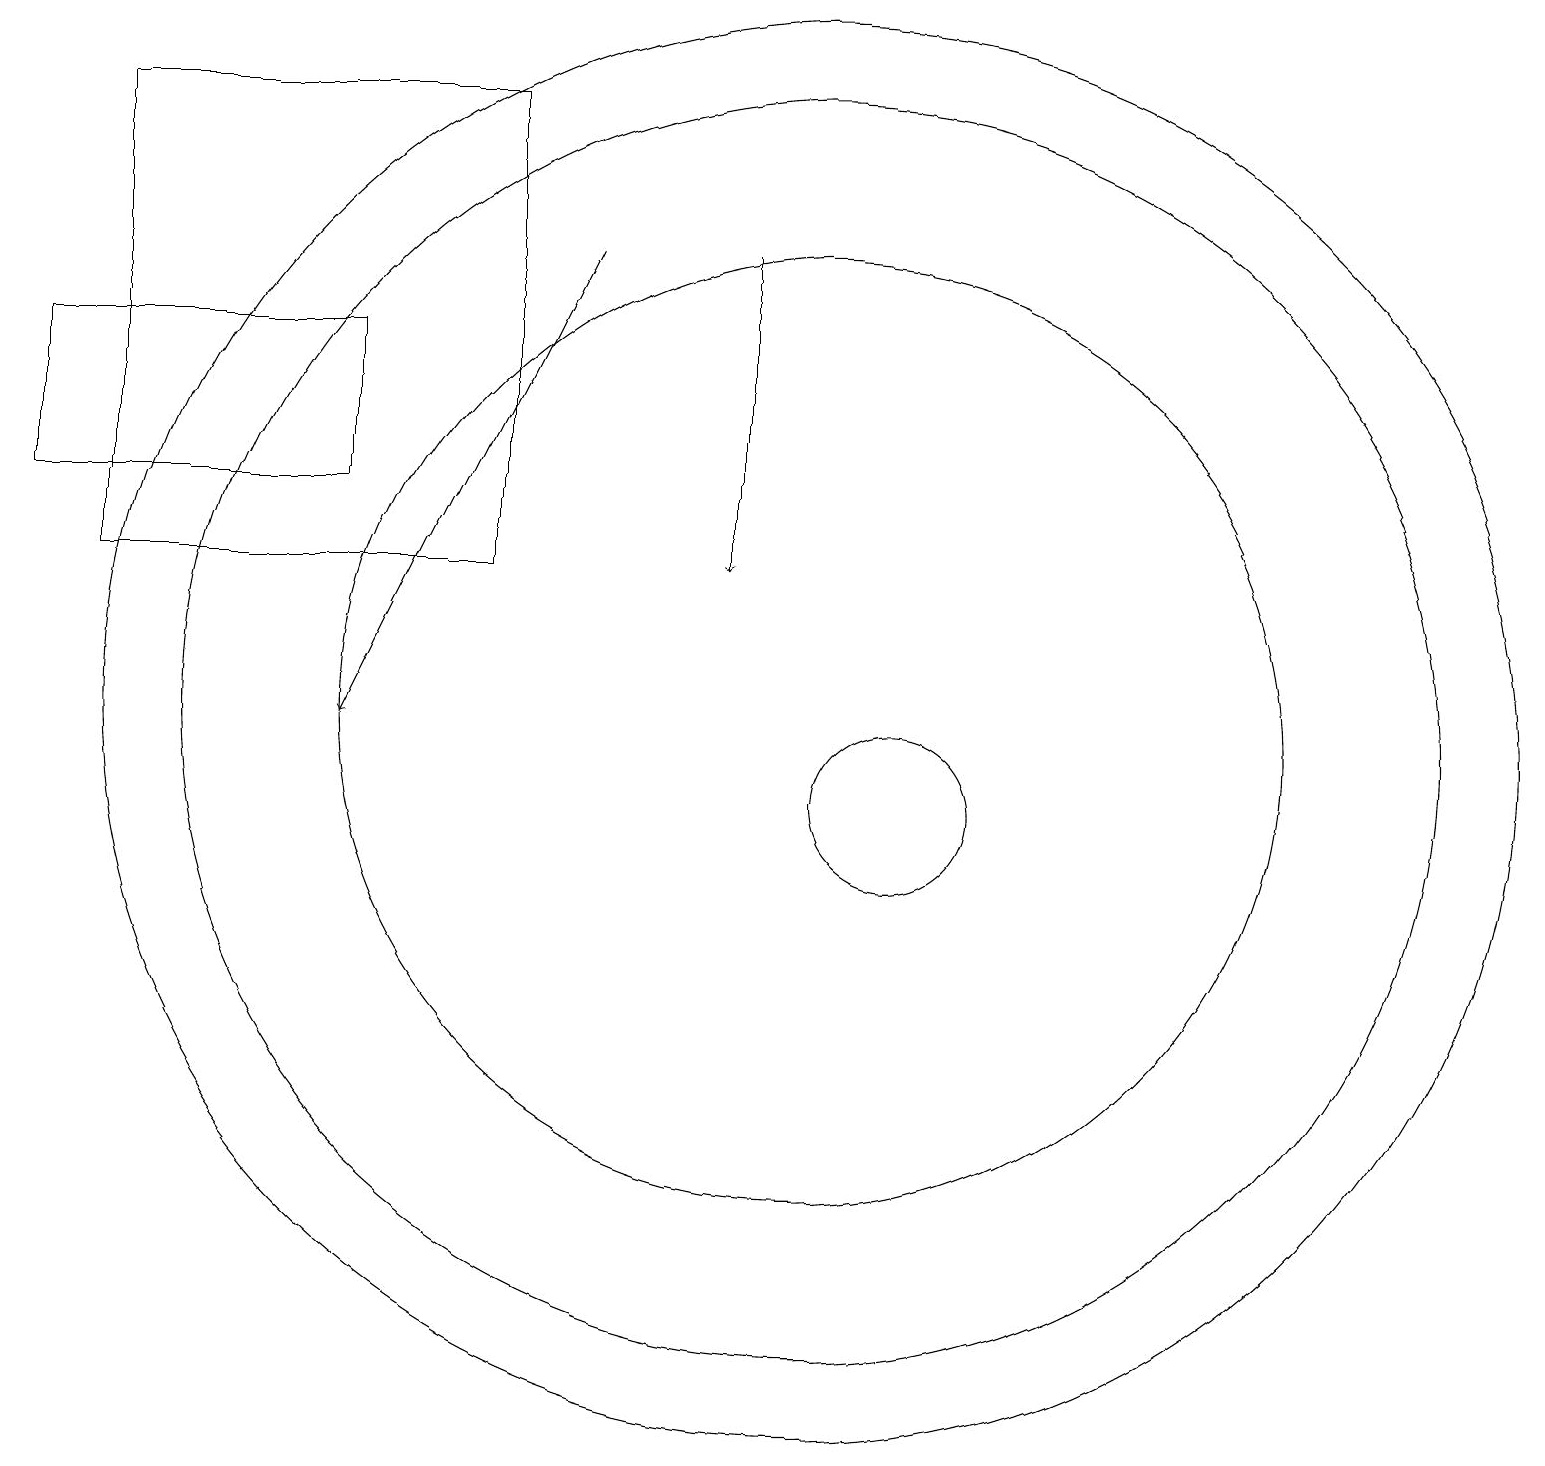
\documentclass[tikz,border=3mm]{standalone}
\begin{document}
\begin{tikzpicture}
\draw (6,13) rectangle (1,19);
\draw (10,11) circle (8);
\draw[->] (9,17) -- (9,13);
\draw (0,16) rectangle (4,14);
\draw (10,11) circle (9);
\draw (10,11) circle (6);
\draw[->] (7,17) -- (4,11);
\draw (11,10) circle (1);
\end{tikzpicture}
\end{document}